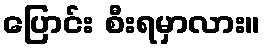
ပြောင်း စီးရမှာလား။